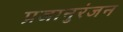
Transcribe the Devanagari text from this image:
प्रजानुरंजन